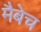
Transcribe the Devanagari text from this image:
मैबेच